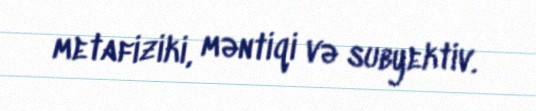
metafiziki, məntiqi və subyektiv.